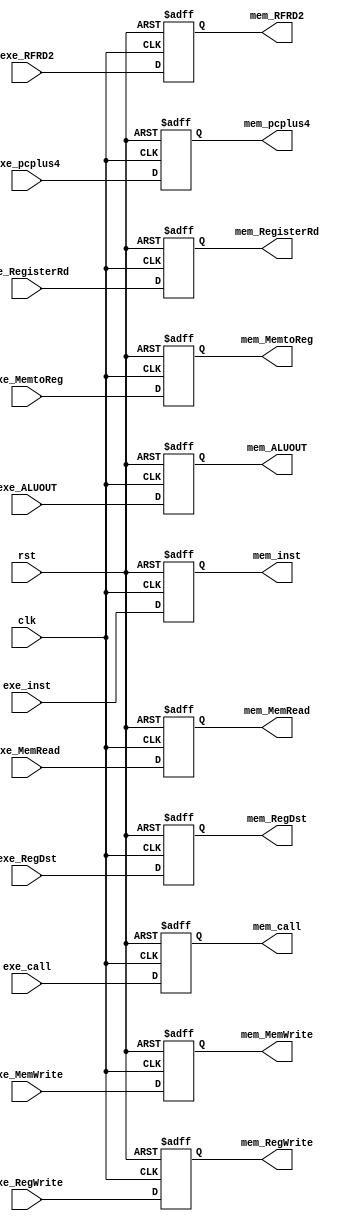
module exe_mem( input clk,
                input rst,
                input[31:0] exe_inst,
                input [31:0] exe_RFRD2,
                input  [31:0] exe_ALUOUT,
                input [4:0] exe_RegisterRd,
                input  exe_RegDst,
                input  exe_MemRead,
                input  exe_MemtoReg,
                input  exe_MemWrite,
                input  exe_RegWrite,
                input  exe_call,
                input[31:0] exe_pcplus4,
                output  reg[31:0] mem_inst,
                output  reg[31:0] mem_RFRD2,
                output  reg[31:0] mem_ALUOUT,
                output  reg[4:0] mem_RegisterRd,
                output  reg mem_RegDst,
                output  reg mem_MemRead,
                output  reg mem_MemtoReg,
                output  reg mem_MemWrite,
                output  reg mem_RegWrite,
                output  reg mem_call,
                output reg[31:0] mem_pcplus4);

    always @ (posedge clk,posedge rst) begin
        if(rst)
        begin
            mem_inst   <= 32'h00000000;
            mem_RFRD2  <= 32'h00000000;
            mem_ALUOUT <= 32'h00000000;
            mem_RegisterRd <= 5'b00000;
            mem_RegDst <= 0;
            mem_MemRead <= 0;
            mem_MemtoReg <= 0;
            mem_MemWrite <= 0;
            mem_RegWrite <= 0;
            mem_call <=0; 
            mem_pcplus4 <= 32'h00000000;
        end
        else
        begin
            mem_inst <= exe_inst;
            mem_RFRD2 <= exe_RFRD2;
            mem_ALUOUT <= exe_ALUOUT;
            mem_RegisterRd <= exe_RegisterRd;
            mem_RegDst <= exe_RegDst;
            mem_MemRead <= exe_MemRead;
            mem_MemtoReg <= exe_MemtoReg;
            mem_MemWrite <= exe_MemWrite;
            mem_RegWrite <= exe_RegWrite;
            mem_call <= exe_call;
            mem_pcplus4 <= exe_pcplus4;
        end
    end
endmodule